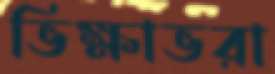
ভিক্ষাভরা